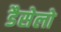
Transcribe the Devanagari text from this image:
डैसेलो